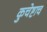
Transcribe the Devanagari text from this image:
कुचेष्टाच